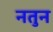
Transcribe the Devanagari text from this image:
नतुन